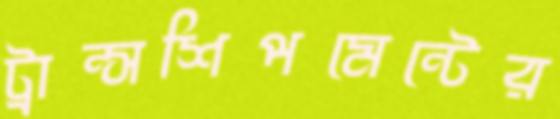
ট্রান্সশিপমেন্টের